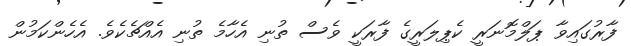
ފާރުގައިވާ ޕަލްމޮނަރީ ކެޕިލަރީގެ ފާރަކީ ވެސް ތުނި އެހާމެ ތުނި އެއްޗެކެވެ. އެހެންކަމުން